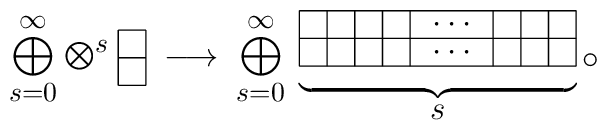
\raisebox{5pt}{$\mbox{\large$\displaystyle \bigoplus_{s=0}^\infty\textstyle\bigotimes^s$}\;\begin{picture}(10,30)(0,12)\put(0,5){\line(1,0){10}}\put(0,15){\line(1,0){10}}\put(0,25){\line(1,0){10}}\put(0,5){\line(0,1){20}}\put(10,5){\line(0,1){20}}\end{picture}\;\longrightarrow\;\mbox{\large$\displaystyle \bigoplus_{s=0}^\infty$}$}\;\underbrace{\begin{picture}(100,30)\put(0,5){\line(1,0){100}}\put(0,15){\line(1,0){100}}\put(0,25){\line(1,0){100}}\put(0,5){\line(0,1){20}}\put(10,5){\line(0,1){20}}\put(20,5){\line(0,1){20}}\put(30,5){\line(0,1){20}}\put(40,5){\line(0,1){20}}\put(70,5){\line(0,1){20}}\put(80,5){\line(0,1){20}}\put(90,5){\line(0,1){20}}\put(100,5){\line(0,1){20}}\put(55,10){\makebox(0,0){$\cdots$}}\put(55,20){\makebox(0,0){$\cdots$}}\put(102,7){\makebox(0,0)[l]{$\circ$}}\end{picture}}_{\mbox{$s$}}